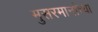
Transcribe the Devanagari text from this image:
मुसरमानांच्या